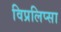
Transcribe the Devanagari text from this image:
विप्रलिप्सा